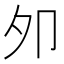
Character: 夘